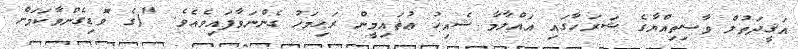
އަޤީދަތުލް ވާސިތިއްޔާގެ ޝަރަޙާގައި އައްލާމާ ޝެއިޚު ޢުޘައިމީން ރަޙިމަހު ގެންނަވާފައިވެއެވެ. "(ގެ ވޮޑިގެންވާކަމަށް